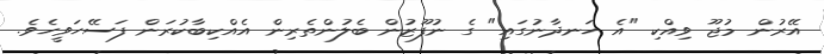
އޭރުން މުޖޫ ވިއްކި "އެ ހަނދާނުގައި" ގެ ނުފޫޒުން ބެލުންތެރިން އެއްކިބާކުރަން ފަސޭހަވީހެވެ.